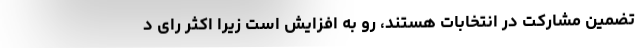
تضمین مشارکت در انتخابات هستند، رو به افزایش است زیرا اکثر رای ‌د